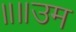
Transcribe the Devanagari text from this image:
॥॥उम